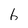
Character: 6